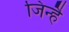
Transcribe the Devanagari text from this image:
जिन्है